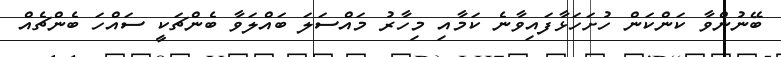
ބޭނުންވާ ކަންކަން ހުށަހަޅާފައިވާނެ ކަމާއި މިހާރު މައްސަލަ ބައްލަވާ ބެންޗަކީ ސައްހަ ބެންޗެއް